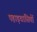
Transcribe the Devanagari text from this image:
पहाड़वासियों